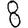
Digit: 8